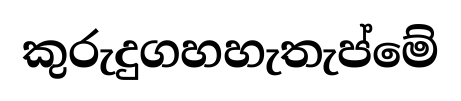
කුරුදුගහහැතැප්මේ